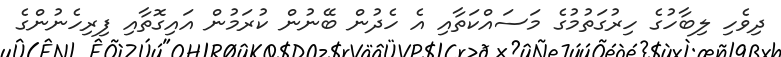
ދިވެހި ލިބާހުގެ ހިރުގަތުމުގެ މަސައްކަތާއި އެ ހެދުން ބޭނުން ކުރަމުން އައިގޮތާއި ފިރިހެނުންގެ